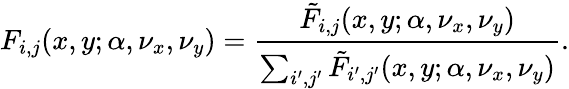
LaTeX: F_{i,j}(x,y;\alpha,\nu_{x},\nu_{y})=\frac{\tilde{F}_{i,j}(x,y;\alpha,\nu_{x},\nu_{y})}{\sum_{i^{\prime},j^{\prime}}\tilde{F}_{i^{\prime},j^{\prime}}(x,y;\alpha,\nu_{x},\nu_{y})}.